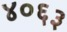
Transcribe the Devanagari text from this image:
४०६३